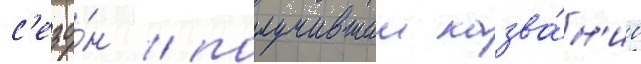
с'езо́н / получившии назва́н'ие